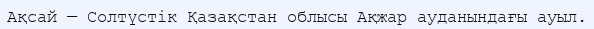
Ақсай — Солтүстік Қазақстан облысы Ақжар ауданындағы ауыл.